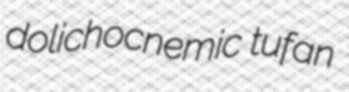
dolichocnemic tufan